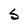
Character: S